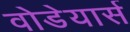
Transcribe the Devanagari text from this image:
वोडेयार्स